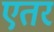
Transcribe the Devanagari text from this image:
एतर